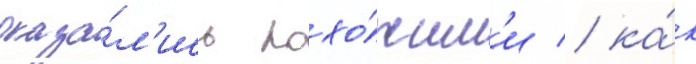
оказа́л'ись похо́жим'и / ка́к